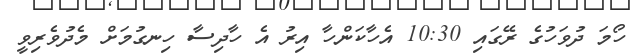
ހޯމަ ދުވަހުގެ ރޭގައި 10:30 އެހާކަންހާ އިރު އެ ހާދިސާ ހިނގުމަށް މެދުވެރިވީ